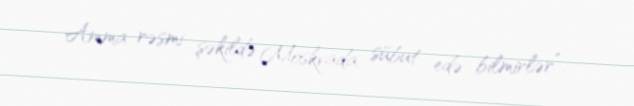
Amma rəsmi şəkildə Moskvada sübut edə bilmirlər”.